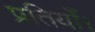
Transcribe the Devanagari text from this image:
प्रतियाँ।